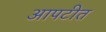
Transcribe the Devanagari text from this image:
आपटीत